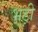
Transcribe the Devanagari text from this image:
भड़ी